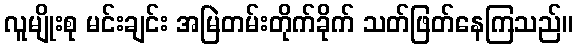
လူမျိုးစု မင်းချင်း အမြဲတမ်းတိုက်ခိုက် သတ်ဖြတ်နေကြသည်။